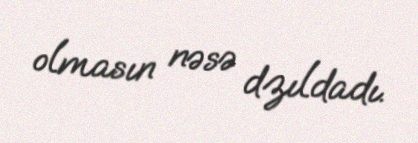
olmasın nəsə dzıldadı.